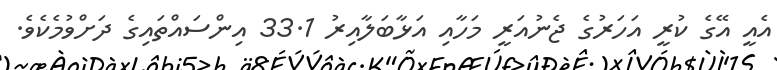
އެއީ އޭގެ ކުރީ އަހަރުގެ ޖެނުއަރީ މަހާއި އަޅާބަލާއިރު 33.1 އިންސައްތައިގެ ދަށްވުމެކެވެ.